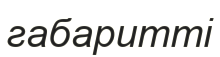
габаритті